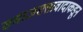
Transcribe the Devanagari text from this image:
समाजसत्तावादाकडून